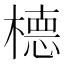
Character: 㯖